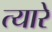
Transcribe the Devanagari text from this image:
त्यारे